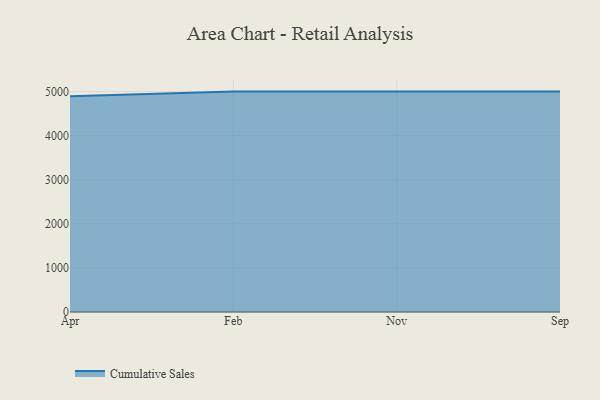
{"axis": {"x": "Month", "y": "Production Output"}, "legend": ["Cumulative Sales"], "data": [{"x": "Apr", "y": 4895.3, "type": "Cumulative Sales"}, {"x": "Feb", "y": 5000, "type": "Cumulative Sales"}, {"x": "Nov", "y": 5000, "type": "Cumulative Sales"}, {"x": "Sep", "y": 5000, "type": "Cumulative Sales"}]}